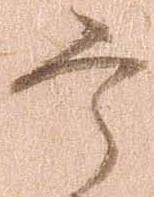
宰